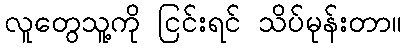
လူတွေသူ့ကို ငြင်းရင် သိပ်မုန်းတာ။